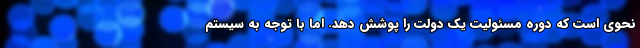
نحوی است که دوره مسئولیت یک دولت را پوشش دهد. اما با توجه به سیستم